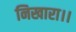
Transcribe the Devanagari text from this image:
निखारा।।